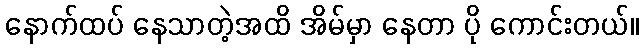
နောက်ထပ် နေသာတဲ့အထိ အိမ်မှာ နေတာ ပို ကောင်းတယ်။